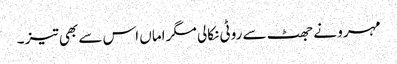
مہرو نے جھٹ سے روٹی نکالی مگر اماں اس سے بھی تیز ۔